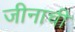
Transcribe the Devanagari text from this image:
जीनाची